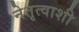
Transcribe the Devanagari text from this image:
नेतृत्वाशी